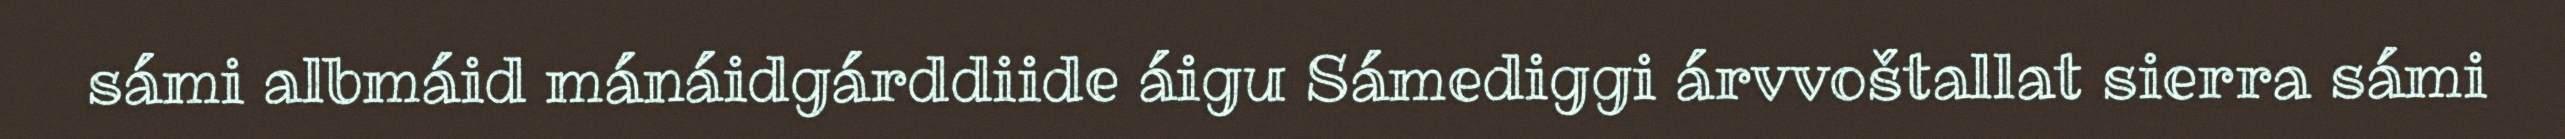
sámi albmáid mánáidgárddiide áigu Sámediggi árvvoštallat sierra sámi